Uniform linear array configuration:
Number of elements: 48
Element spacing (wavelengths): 0.25
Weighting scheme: cosine
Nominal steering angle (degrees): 45
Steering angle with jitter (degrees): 45.882
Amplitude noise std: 0.05
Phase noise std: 0.05

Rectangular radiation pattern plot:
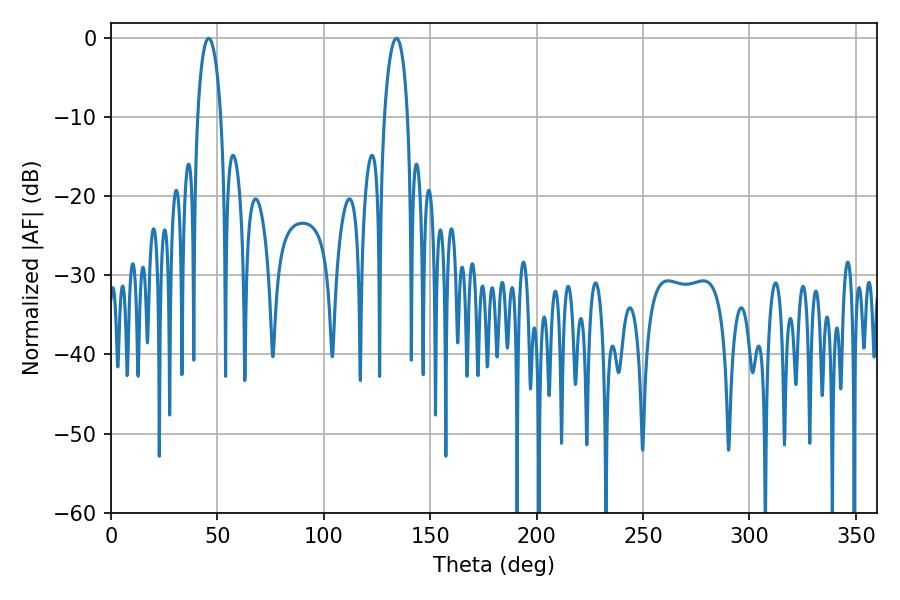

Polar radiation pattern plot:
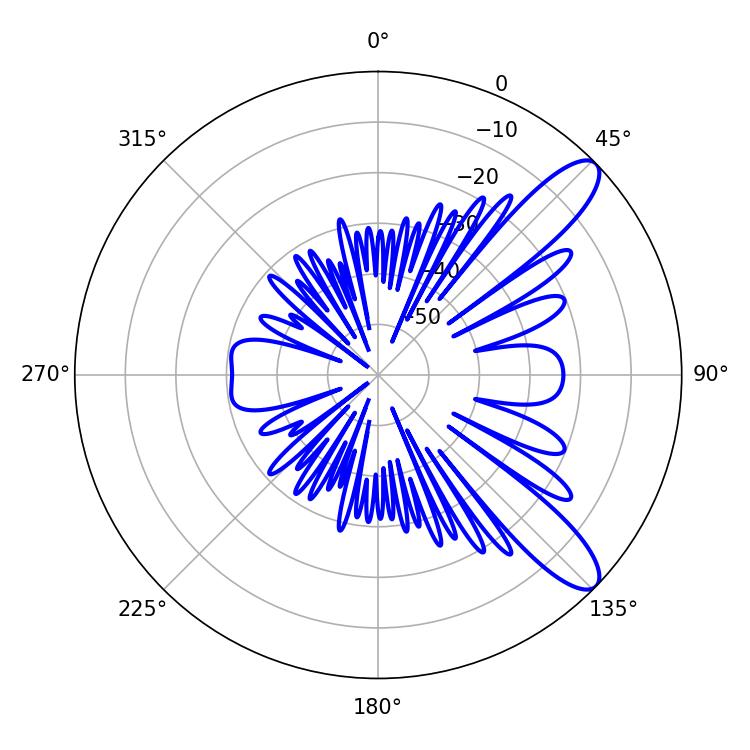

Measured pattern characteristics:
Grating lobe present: FALSE
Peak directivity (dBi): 10.606
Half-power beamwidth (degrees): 6.3
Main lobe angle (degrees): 45.9